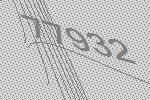
77932